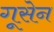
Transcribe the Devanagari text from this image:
गूसेन